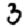
Digit: 3